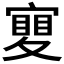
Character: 𡕹